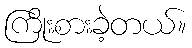
ကြိုးစားခဲ့တယ်။